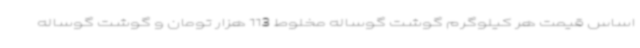
اساس قیمت هر کیلوگرم گوشت گوساله مخلوط 113 هزار تومان و گوشت گوساله